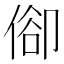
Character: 𠊬